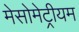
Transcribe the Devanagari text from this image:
मेसोमेट्रीयम